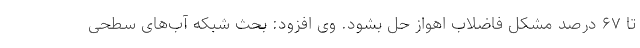
تا ۶۷ درصد مشکل فاضلاب اهواز حل بشود. وی افزود: بحث شبکه آب‌های سطحی